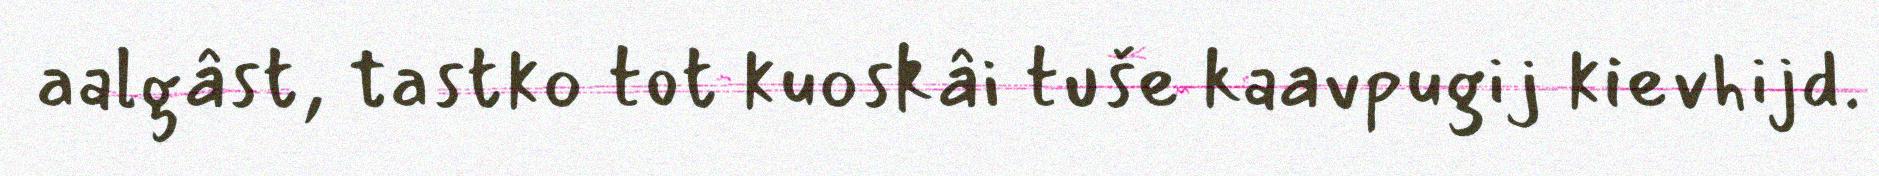
aalgâst, tastko tot kuoskâi tuše kaavpugij kievhijd.